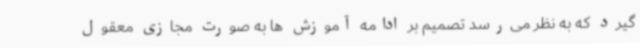
گیرد که به نظر می‌رسد تصمیم بر ادامه آموزش ها به صورت مجازی معقول